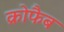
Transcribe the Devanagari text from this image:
क्रोफैब